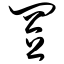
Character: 置